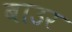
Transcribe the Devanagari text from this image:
बाउर